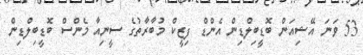
53 ވަނަ އޭޝިއަން ބޮޑީބިލްޑިން އެންޑް ފިޒީކް މުބާރާތުގެ ސީނިއާ މެންސް ބޮޑީބިލްޑިން